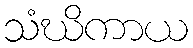
သံဃိကာယ